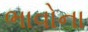
ભાવોના